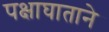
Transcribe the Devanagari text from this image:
पक्षाघाताने